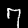
Label: 7